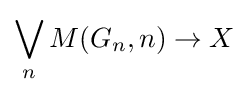
\bigvee _{n}M(G_{n},n)\to X